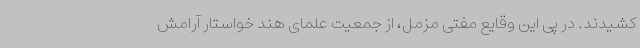
کشیدند. در پی این وقایع مفتی مزمل، از جمعیت علمای هند خواستار آرامش